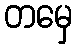
တမှေ